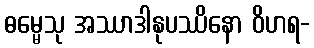
ဓမ္မေသု အဿာဒါနုပဿိနော ဝိဟရ-